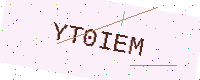
Text: YT0IEM